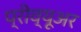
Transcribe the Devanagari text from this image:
प्रीव्यूअर